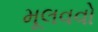
મૂલવવો